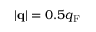
| { \bf q } | = 0 . 5 q _ { \mathrm { F } }